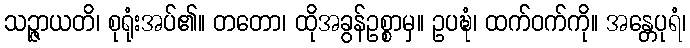
သဉ္ဇာယတိ၊ စုရုံးအပ်၏။ တတော၊ ထိုအခွန်ဥစ္စာမှ။ ဥပဍ္ဎံ၊ ထက်ဝက်ကို။ အန္တေပုရံ၊